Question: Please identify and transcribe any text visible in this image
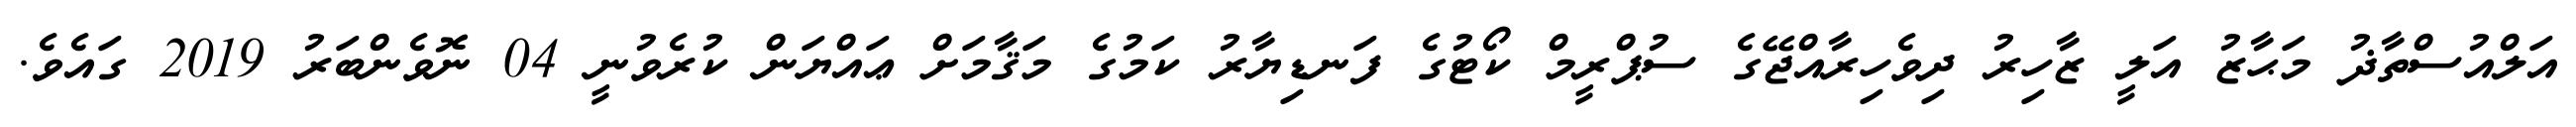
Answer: އަލްއުސްތާޛު މަޙާޒު އަލީ ޒާހިރު ދިވެހިރާއްޖޭގެ ސުޕްރީމް ކޯޓުގެ ފަނޑިޔާރު ކަމުގެ މަޤާމަށް ޢައްޔަން ކުރެވުނީ 04 ނޮވެންބަރު 2019 ގައެވެ.